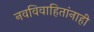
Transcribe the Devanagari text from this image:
नवविवाहितांनाही